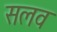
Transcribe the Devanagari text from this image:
सलव